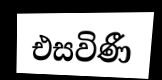
එසවිණී